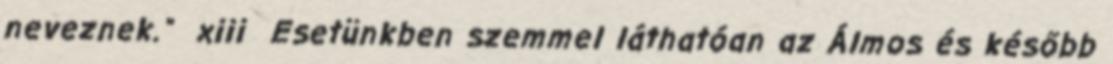
neveznek." xiii Esetünkben szemmel láthatóan az Álmos és később